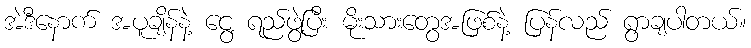
အဲဒီနောက် အပူချိန်နဲ့ ငွေ့ ရည်ဖွဲ့ပြီး မိုးသားတွေအဖြစ်နဲ့ ပြန်လည် ရွာချပါတယ်။